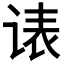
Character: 𲂏